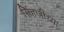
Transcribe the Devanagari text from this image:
सिंहजींच्या